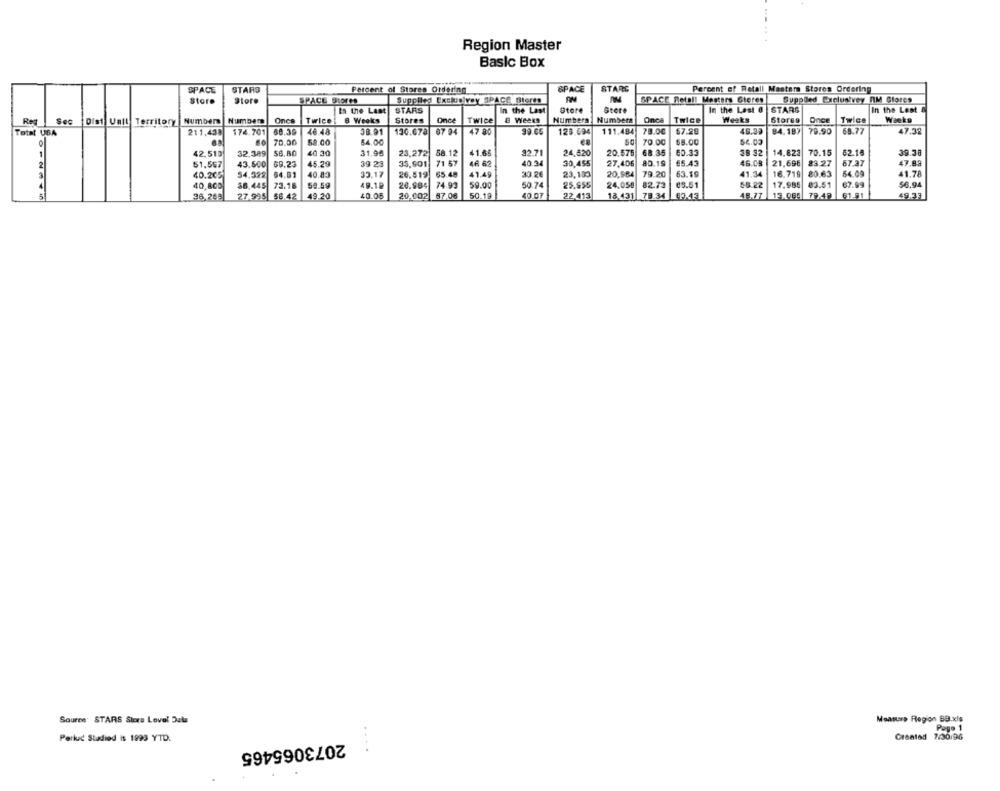
Region Master
Basic Box
&PACE
STARG
Percent of Retail Masters Stores Ordering
SPACE
STARS
Percent of Stores Ordering
Store
Store
SPACE Stores
SuppRes Exclusivey SPACE Stores
SPACE Detall Mesters Gteres
Supplled Exclusivey RM Stores
In the Last
STARS
In the Last
Store
Store
In the Last @
STARS
In the Lest
Number Number
Once
Twice!
8 Weeks
Stores
Once
Twice
& Weeks
Numbers
Numbers
Once
Twice
Weeks
Stores
Once
Twice
Weeks
Reg Sec
Dist Vall Territory
Total USA
211,438
174.701
68.39
48.48
38.91
130.678
87 94
47 80
99.60
125.694
111.484
78.00
67.28
46.39
84.187
79.90
68.77
47.32
70.00
52.00
64.00
70.00
$8.00
$4.00
42.510
32,389
40 30
31.96
23,272
58.12
41.65
32.71
24,520
20.575
68.35
60.33
38 32
14.822
70.15
62.16
39.38
2
51.567
43.500
69.23
45.29
39 23
35.901 71 57
44 62
40.34
30,455
27.406
80.19
£5.43
46.08
21,696
23.27
67.37
47.83
40.205
54.322
64.81
40.83
33.17
26.819
65.48
41.49
33.26
23,103
20,984
79.20
63.19
41.34
16.719
80.63
56.09
41.78
$6.94
40,800
58.445
73.16
58.59
49.19
26.984
74.93
59.00
50.74
25.955
24.050
82.73
85.51
56.22
17.985
03.51
67.99
36,249
27.995 56.42
49.20
40.00
20,002
87.06
50.19
40.07
22.413
13,431 78.34
48.77
13.064 79.49
61.91
49.33
Source STARS Stora Level Data
Measure Region BB.xls
Perked Stadied is 1999 YTD.
Created 7:30/96
Page 1
2073065465
..